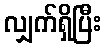
လျှက်ရှိပြီး